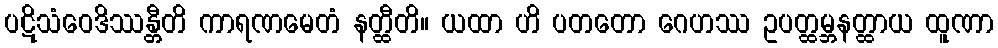
ပဋိသံဝေဒိဿန္တီတိ ကာရဏမေတံ နတ္ထီတိ။ ယထာ ဟိ ပတတော ဂေဟဿ ဥပတ္ထမ္ဘနတ္ထာယ ထူဏာ